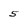
Character: 5